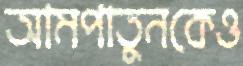
আমপাতুনকেও